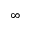
\infty